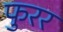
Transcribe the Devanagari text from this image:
फुरर